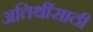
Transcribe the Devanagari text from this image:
अतिथींसाठी